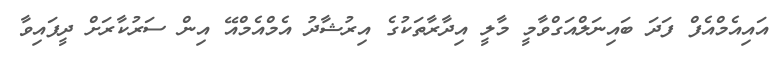
އައިއެމްއެފް ފަދަ ބައިނަލްއަގްވާމީ މާލީ އިދާރާތަކުގެ އިރުޝާދު އެމްއެމްއޭ އިން ސަރުކާރަށް ދީފައިވާ